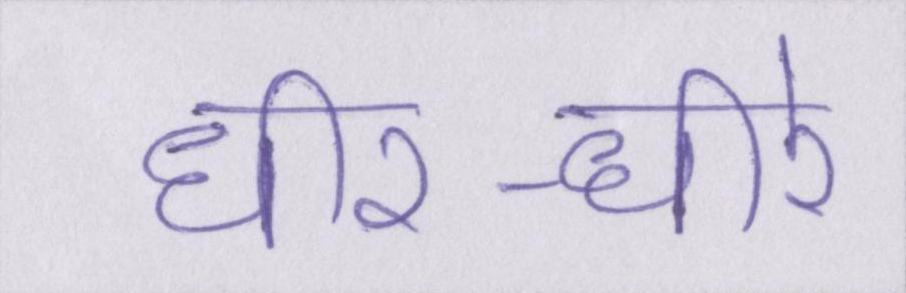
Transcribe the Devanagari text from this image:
धीर-धीरे